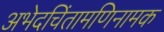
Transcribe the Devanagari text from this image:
अभेदचिंतामणिनामक